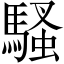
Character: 騷